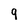
Character: 9